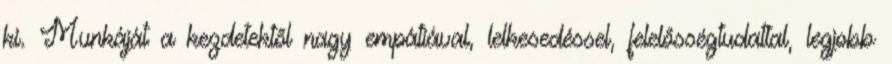
ki. Munkáját a kezdetektől nagy empátiával, lelkesedéssel, felelősségtudattal, legjobb